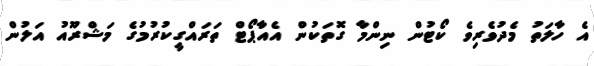
އެ ހާލަތު މެދުވެރިވެ ކޯޓުން ނިންމާ ގޮތަކުން އެއާޕޯޓް ތަރައްގީކުރުމުގެ މަޝްރޫއު އަލުން